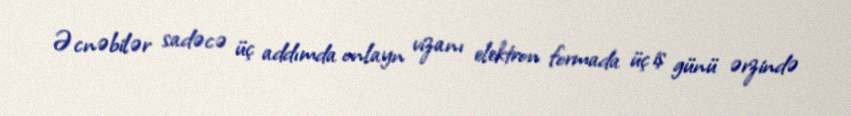
Əcnəbilər sadəcə üç addımda onlayn vizanı elektron formada üç iş günü ərzində